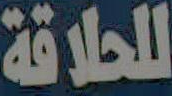
للحلاقة